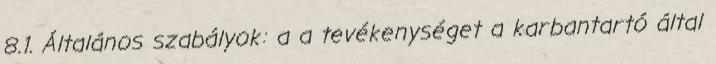
8.1. Általános szabályok: a a tevékenységet a karbantartó által